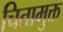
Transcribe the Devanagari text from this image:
चितामुक्त